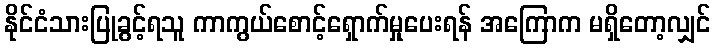
နိုင်ငံသားပြုခွင့်ရသူ ကာကွယ်စောင့်ရှောက်မှုပေးရန် အကြောက မရှိတော့လျှင်